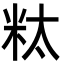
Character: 粏